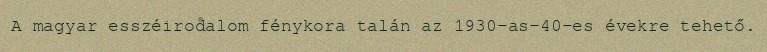
A magyar esszéirodalom fénykora talán az 1930-as–40-es évekre tehető.